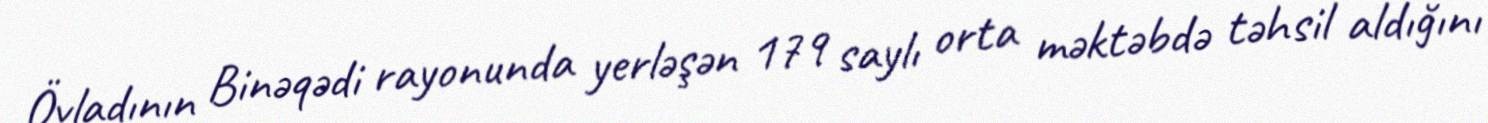
Övladının Binəqədi rayonunda yerləşən 179 saylı orta məktəbdə təhsil aldığını